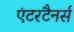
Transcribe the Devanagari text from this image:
एंटरटैनर्स